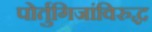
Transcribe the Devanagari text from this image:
पोर्तुगिजांविरुद्ध